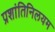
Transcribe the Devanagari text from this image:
प्रशांतिनिलयम